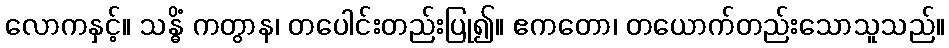
လောကနှင့်။ သန္ဓိံ ကတွာန၊ တပေါင်းတည်းပြု၍။ ဧကတော၊ တယောက်တည်းသောသူသည်။